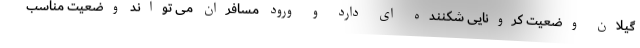
گیلان وضعیت کرونایی شکننده ای دارد و ورود مسافران می تواند وضعیت مناسب